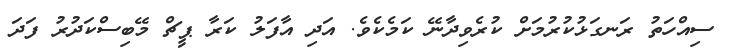
ސިއްހަތު ރަނގަޅުކުރުމަށް ކުރެވިދާނޭ ކަމެކެވެ. އަދި އާފަލު ކަރާ ޕީޗް މޭބިސްކަދުރު ފަދަ